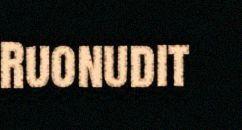
Ruonudit